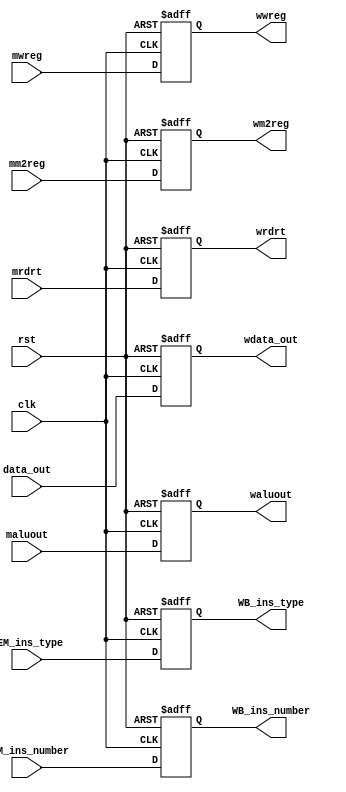
module Reg_MEM_WB(clk, rst, mwreg,mm2reg,data_out,maluout,mrdrt,    //inputs
                                wwreg,wm2reg,wdata_out,waluout,wrdrt, //outputs
                                MEM_ins_type, MEM_ins_number, WB_ins_type, WB_ins_number);  
    input clk,rst,mwreg,mm2reg;
    input [31:0] data_out,maluout;
    input [4:0] mrdrt;
    
    input[3:0] MEM_ins_type;
    input[3:0] MEM_ins_number;
    output[3:0] WB_ins_type;
    output[3:0] WB_ins_number;
    
    output wwreg,wm2reg;
    output [31:0] wdata_out,waluout;
    output [4:0] wrdrt;  

    reg wwreg,wm2reg;
    reg [31:0] wdata_out,waluout;
    reg [4:0] wrdrt;  
    reg[3:0] WB_ins_type;
    reg[3:0] WB_ins_number;
    
    always @ (posedge clk or posedge rst) begin
        if (rst) begin
            wwreg <= 0;
            wm2reg <= 0;
            wdata_out <= 0;
            waluout <= 0;
            wrdrt <= 0;
            WB_ins_type <= 0;
            WB_ins_number <= 0;
        end
        else begin
            wwreg <= mwreg;
            wm2reg <= mm2reg;
            wdata_out <= data_out;
            waluout <= maluout;
            wrdrt <= mrdrt;
            WB_ins_type <= MEM_ins_type;
            WB_ins_number <= MEM_ins_number;
        end
    end
endmodule